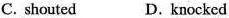
C. shouted D. knocked